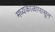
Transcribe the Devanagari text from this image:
मध्यकाळापासून